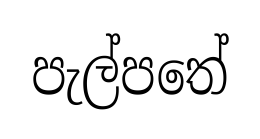
පැල්පතේ